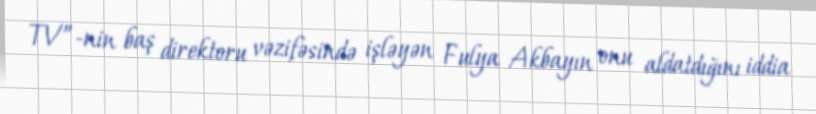
TV”-nin baş direktoru vəzifəsində işləyən Fulya Akbayın onu aldatdığını iddia